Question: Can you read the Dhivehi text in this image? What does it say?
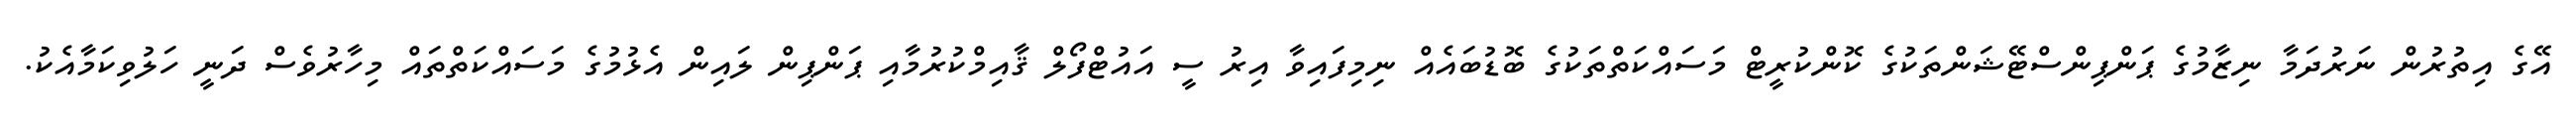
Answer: އޭގެ އިތުރުން ނަރުދަމާ ނިޒާމުގެ ޕަންޕިންސްޓޭޝަންތަކުގެ ކޮންކުރީޓް މަސައްކަތްތަކުގެ ބޮޑުބައެއް ނިމިފައިވާ އިރު ސީ އައުޓްފޯލް ޤާއިމްކުރުމާއި ޕަންޕިން ލައިން އެޅުމުގެ މަސައްކަތްތައް މިހާރުވެސް ދަނީ ހަލުވިކަމާއެކު.